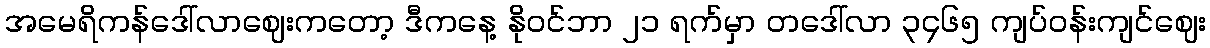
အမေရိကန်ဒေါ်လာဈေးကတော့ ဒီကနေ့ နိုဝင်ဘာ ၂၁ ရက်မှာ တဒေါ်လာ ၃၄၆၅ ကျပ်ဝန်းကျင်ဈေး